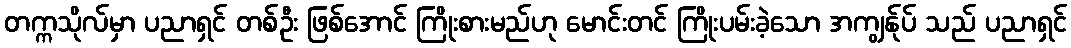
တက္ကသိုလ်မှာ ပညာရှင် တစ်ဦး ဖြစ်အောင် ကြိုးစားမည်ဟု မောင်းတင် ကြိုးပမ်းခဲ့သော အကျွန်ုပ် သည် ပညာရှင်